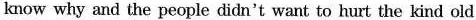
know why and the people didn't want to hurt the kind old